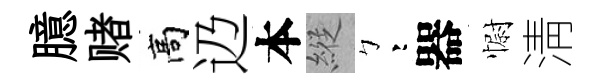
臆赌高辸本縱彎器𢠢淸